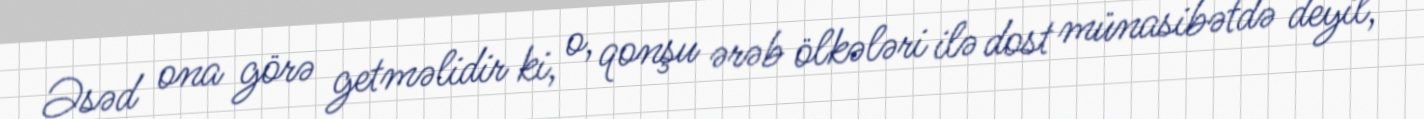
Əsəd ona görə getməlidir ki, o, qonşu ərəb ölkələri ilə dost münasibətdə deyil,